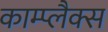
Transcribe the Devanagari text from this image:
काम्प्लैक्स